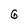
Character: G